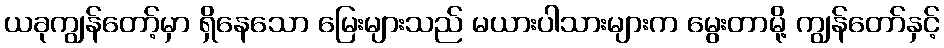
ယခုကျွန်တော့်မှာ ရှိနေသော မြေးများသည် မယားပါသားများက မွေးတာမို့ ကျွန်တော်နှင့်